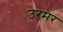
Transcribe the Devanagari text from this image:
उरमर